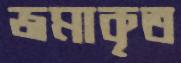
জমাকৃত